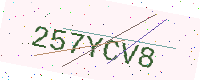
Text: 257YCV8